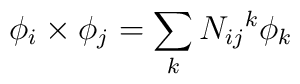
\phi_i \times \phi_j = \sum_k N_{ij} {}^k \phi_k